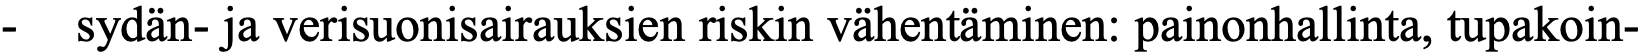
-  sydän- ja verisuonisairauksien riskin vähentäminen: painonhallinta, tupakoin-